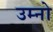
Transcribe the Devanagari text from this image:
उम्नो